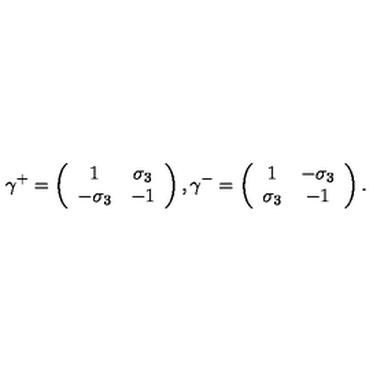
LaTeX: \gamma ^ { + } = \left( \begin{array} { c c } { 1 } & { \sigma _ { 3 } } \\ { - \sigma _ { 3 } } & { - 1 } \\ \end{array} \right) , \gamma ^ { - } = \left( \begin{array} { c c } { 1 } & { - \sigma _ { 3 } } \\ { \sigma _ { 3 } } & { - 1 } \\ \end{array} \right) .